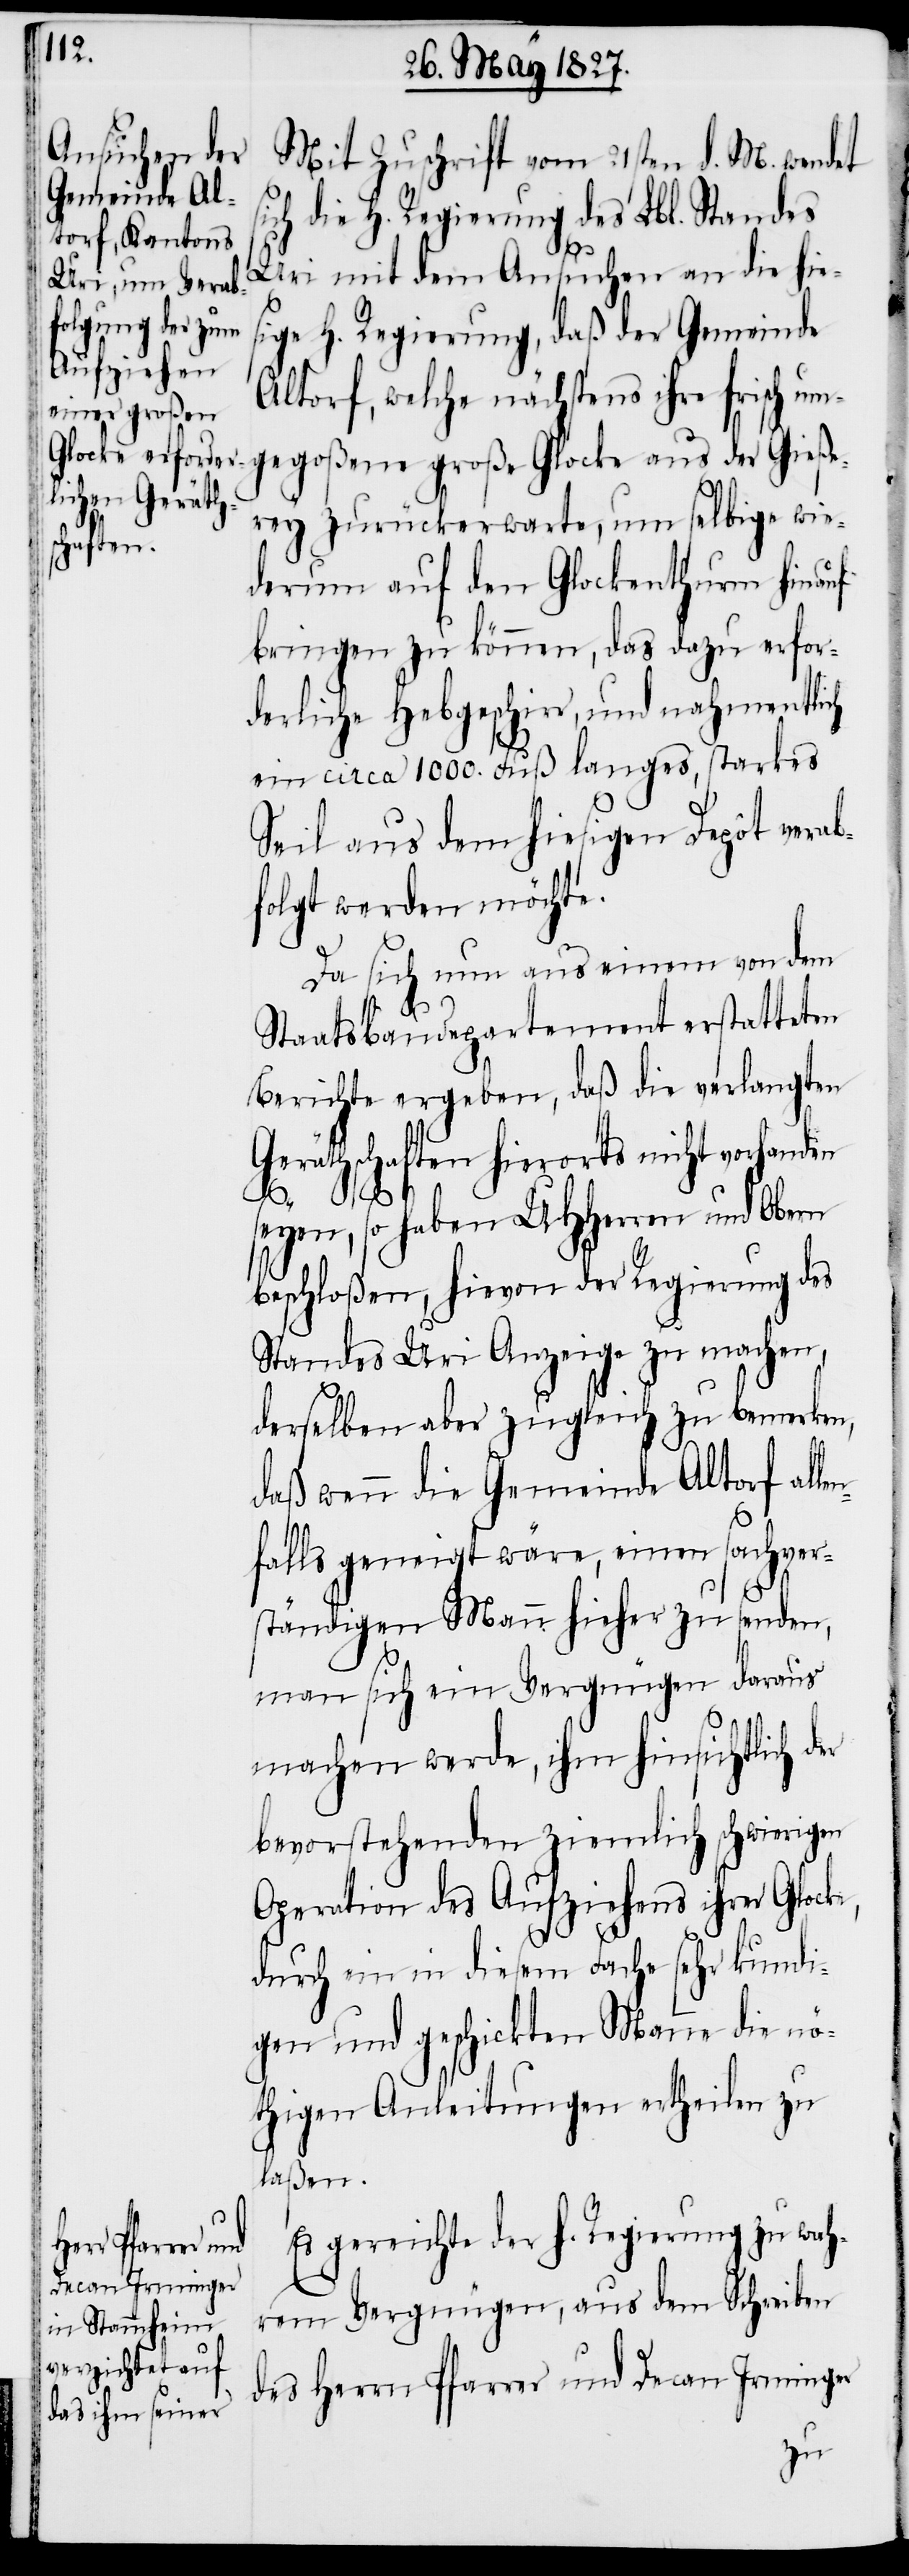
Mit Zuschrift vom 21sten d. M. wendet
ich die H. Regierung des Lbl. Standes
Uri mit dem Ansuchen an die hies¬
ige H. Regierung, daß der Gemeinde
Altorf, welche nächstens ihre frisch um¬
gegoßene große Glocke aus der Gieße¬
rey zurückerwarte, um selbige wie¬
derum auf den Glockenthurm hinau¬
fbringen zu können, das dazu erfor¬
derliche Hebgeschirr, und nahmentlich
ein circa 1000. Fuß langes, starkes
Seil aus dem hiesigen Depot verab¬
folgt werden möchte.
Da sich nun aus einem von dem
Staatsbaudepartement erstatteten
Berichte ergeben, daß die verlangten
Geräthschaften hierorts nicht vorhanden
s¬
seyen, so haben UHHerren und Obern
beschloßen, hiervon der Regierung des
Standes Uri Anzeige zu machen,
derselben aber zugleich zu bemerken,
daß wenn die Gemeinde Altorf alle¬
nfalls geneigt wäre, einen sachver¬
ständigen Mann hieher zu senden,
man sich ein Vergnügen daraus
machen werde, ihm hinsichtlich der
bevorstehenden ziemlich schwierigen
Operation des Aufziehens ihrer Glocke,
durch ein in diesem Fache sehr kundi¬
gen und geschickten Manne die nö¬
thigen Anleitungen ertheilen zu
laßen.
Es gereichte der h. Regierung zu wah¬
rem Vergnügen, aus dem Schreiben
des Herrn Pfarrer und Decan Irminger